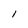
Character: I